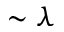
\sim \lambda